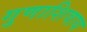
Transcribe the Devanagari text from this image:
गुणाशिवाय